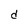
Character: d